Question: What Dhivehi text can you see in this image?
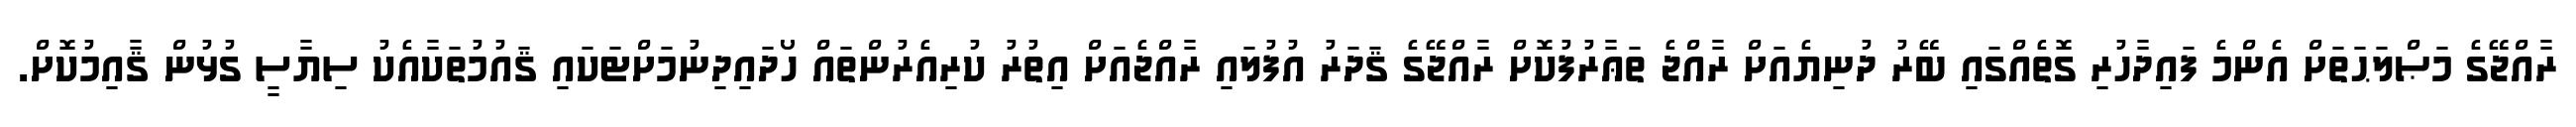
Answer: ރާއްޖޭގެ މަޞްލަޙަތަށް އެންމެ ފައިދާހުރި ގޮތެއްގައި ބޭރު ދުނިޔެއަށް ރާއްޖެ ތަޢާރުފުކޮށް ރާއްޖޭގެ ޤަދަރު އުފުލައި ރާއްޖެއަށް އިތުރު ކުރިއެރުންތައް ހޯދައިދިނުމަށްޓަކައި ޤައުމުތަކާއެކު ސިޔާސީ ގުޅުން ޤާއިމުކޮށް.